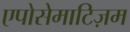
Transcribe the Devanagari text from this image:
एपोसेमाटिज़म